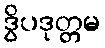
ဒွိပဒုတ္တမ